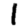
Digit: 1